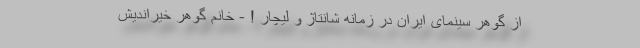
از گوهر سینمای ایران در زمانه شانتاژ و لیچار ! - خانم گوهر خیراندیش